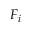
F _ { i }